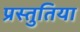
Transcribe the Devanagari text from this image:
प्रस्तुतिया